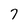
Character: 7